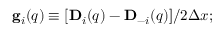
\begin{array} { r } { { \bf g } _ { i } ( { q } ) \equiv [ { \bf D } _ { i } ( { q } ) - { \bf D } _ { - i } ( { q } ) ] / 2 \Delta x ; } \end{array}